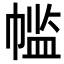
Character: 𫷌